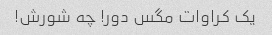
یک کراوات مگس دور! چه شورش!